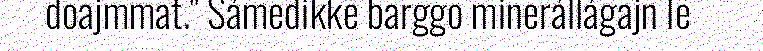
doajmmat." Sámedikke barggo minerállágajn le